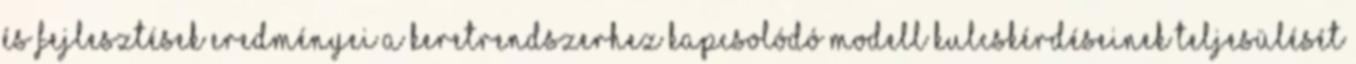
és fejlesztések eredményei a Keretrendszerhez kapcsolódó Modell kulcskérdéseinek teljesülését